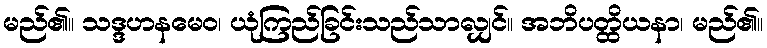
မည်၏။ သဒ္ဒဟနမေဝ၊ ယုံကြည်ခြင်းသည်သာလျှင်။ အဘိပတ္ထိယနာ၊ မည်၏။